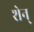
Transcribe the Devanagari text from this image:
शेन्